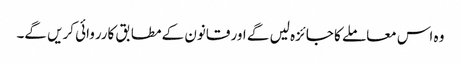
وہ اس معاملے کا جائزہ لیں گے اور قانون کے مطابق کارروائی کریں گے۔